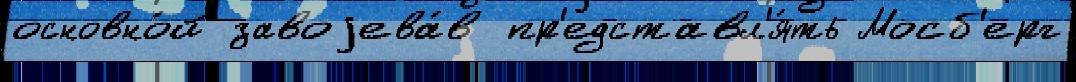
основно́й завоjева́в пр'едставл'я́ть Мосб'ерг